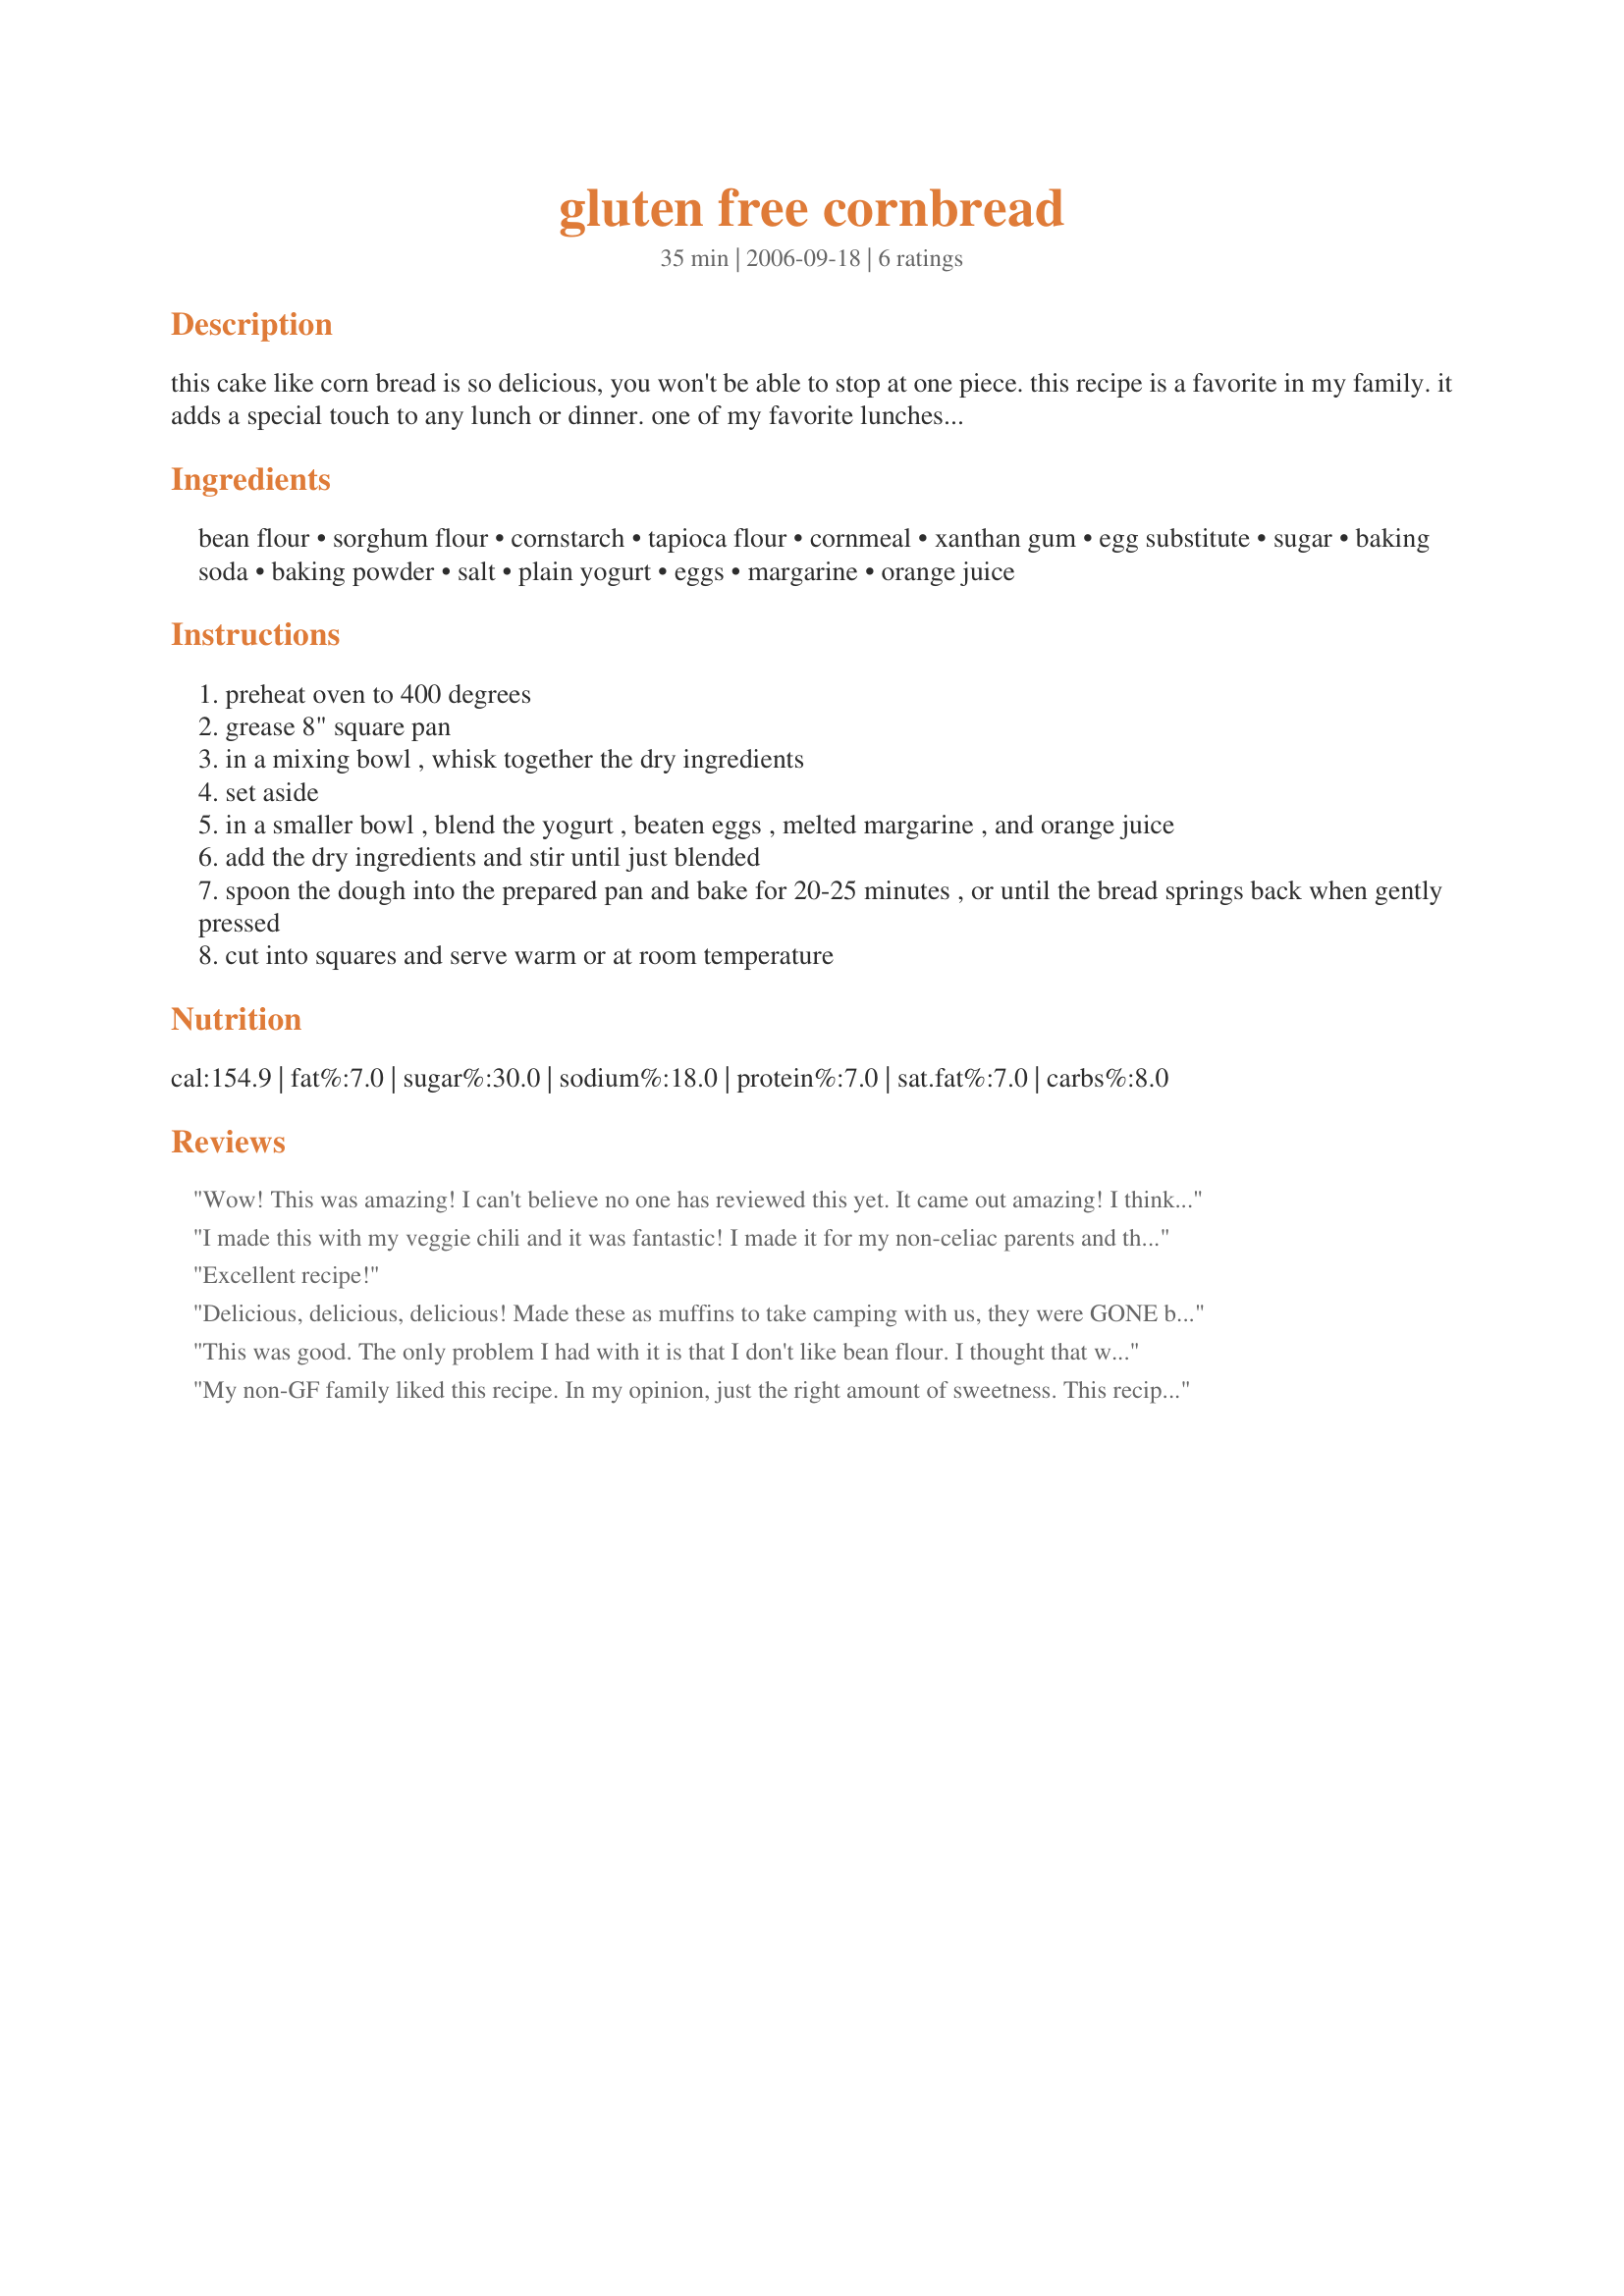
gluten free cornbread
Preparation time: 35 minutes

this cake like corn bread is so delicious, you won't be able to stop at one piece. this recipe is a favorite in my family. it adds a special touch to any lunch or dinner. one of my favorite lunches is soup with a piece of this cornbread. it is just as good and in my opinion better than the wheat containing corn breads that i have tried, before becoming diagnosed with celiac disease. it will definelty help add a special touch to your families favourite gluten free dinner!

Ingredients:
bean flour, sorghum flour, cornstarch, tapioca flour, cornmeal, xanthan gum, egg substitute, sugar, baking soda, baking powder, salt, plain yogurt, eggs, margarine, orange juice

Steps:
preheat oven to 400 degrees
grease 8" square pan
in a mixing bowl , whisk together the dry ingredients
set aside
in a smaller bowl , blend the yogurt , beaten eggs , melted margarine , and orange juice
add the dry ingredients and stir until just blended
spoon the dough into the prepared pan and bake for 20-25 minutes , or until the bread springs back when gently pressed
cut into squares and serve warm or at room temperature

Reviews:
Wow! This was amazing! I can't believe no one has reviewed this yet. It came out amazing! I think we like this better than regular wheat cornbread. This is going to be staple in our house from now on! It is very cakelike, fluffy, and tasty. I used Garbanzo bean flour because I didn't have any white bean flour and it came out wonderfully. The only thing I would adjust would be the amount of servings. There is no way you can get 16 servings of anything out of an 8 inch square pan. More like 9. Thank you! I am highly impressed!
I made this with my veggie chili and it was fantastic! I made it for my non-celiac parents and they loved it and asked for the recipe. The thing I like about this recipe is it is very forgiving if you don't have some of the ingredients. My mom and I both made it with different substitutions based on what we had in the house and it turned out great! Here are our changes: Vanilla yogurt instead of regular. Scant 1/2 cup white rice flour (instead of sorghum and bean flour) filling the rest of the 1/2 cup with corn flour. Substituted xanthan gum for egg substitute. Used water for the liquid. Cooked 30 minutes, putting foil on top halfway through. We will definitely be making this one again and again!
Excellent recipe!
Delicious, delicious, delicious! Made these as muffins to take camping with us, they were GONE by the time we got home. DH & myself are GF, but kids gobbled them up as well. Thank you so much for posting. We'll be making these A LOT!
This was good. The only problem I had with it is that I don't like bean flour. I thought that with it being so little bean flour that it would cover it up but you can still taste it. I will swap it out next time for rice flour.
My non-GF family liked this recipe. In my opinion, just the right amount of sweetness. This recipe will be used again. Thanks for sharing it!
